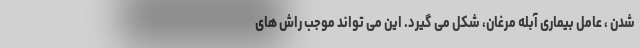
شدن ، عامل بیماری آبله مرغان، شکل می گیرد. این می تواند موجب راش های